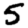
Digit: 5